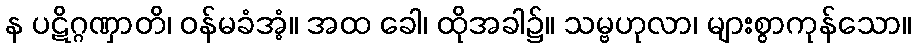
န ပဋိဂ္ဂဏှာတိ၊ ဝန်မခံအံ့။ အထ ခေါ၊ ထိုအခါ၌။ သမ္ဗဟုလာ၊ များစွာကုန်သော။